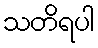
သတိရပါ